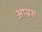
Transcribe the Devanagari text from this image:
आम्र्स